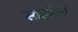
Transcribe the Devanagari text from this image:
साइमिरा